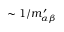
\sim 1 / m _ { \alpha \beta } ^ { \prime }